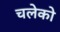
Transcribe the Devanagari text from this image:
चलेको